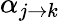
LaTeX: \alpha_{j\to k}